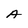
Character: A